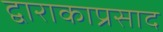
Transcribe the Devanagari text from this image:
द्वाराकाप्रसाद